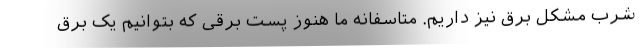
شرب مشکل برق نیز داریم. متاسفانه ما هنوز پست برقی که بتوانیم یک برق